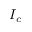
I _ { c }